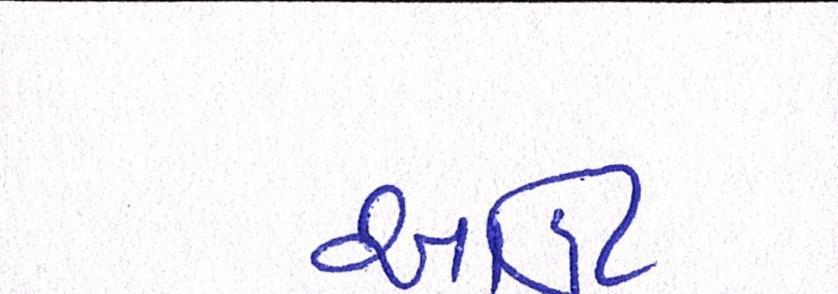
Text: આઉટ